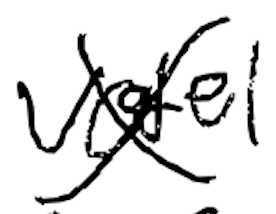
Text: Votel
Cross-out: cross
Writing tool: digital_black